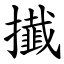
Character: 㩥